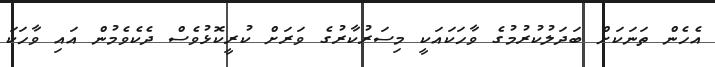
އެހެން ތަނަކަށް ބަދަލުކުރުމުގެ ވާހަކައަކީ މިސަރުކާރުގެ ވަރަށް ކުރީކޮޅުވެސް ދެކެވެމުން އައި ވާހަކަ